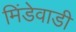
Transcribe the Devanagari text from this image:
मिंडेवाडी